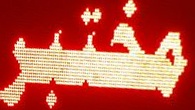
مختبر